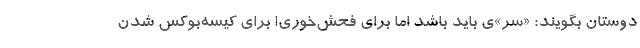
دوستان بگویند: «سر»ی باید باشد اما برای فحش‌خوری! برای کیسه‌بوکس شدن